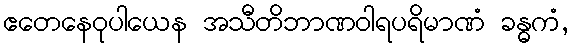
ဧတေနေဝုပါယေန အသီတိဘာဏဝါရပရိမာဏံ ခန္ဓကံ,